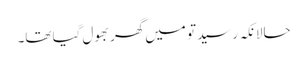
حالانکہ رسید تو میں گھر بھول گیا تھا۔